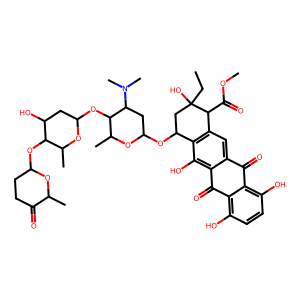
SMILES: CCC1(O)CC(OC2CC(N(C)C)C(OC3CC(O)C(OC4CCC(=O)C(C)O4)C(C)O3)C(C)O2)c2c(cc3c(c2O)C(=O)c2c(O)ccc(O)c2C3=O)C1C(=O)OC
Inhibits HIV replication: No